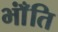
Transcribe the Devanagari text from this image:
भाँंति